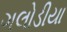
ગલોડીયા